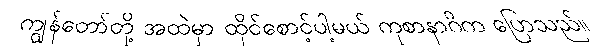
ကျွန်တော်တို့ အထဲမှာ ထိုင်စောင့်ပါ့မယ် ကုစာနာဂိက ပြောသည်။